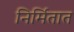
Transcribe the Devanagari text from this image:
निर्मितात